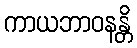
ကာယဘာဝနန္တိ